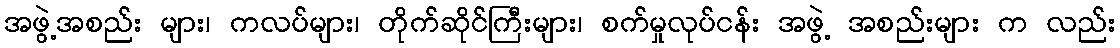
အဖွဲ့အစည်း များ၊ ကလပ်များ၊ တိုက်ဆိုင်ကြီးများ၊ စက်မှုလုပ်ငန်း အဖွဲ့ အစည်းများ က လည်း